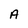
Character: A